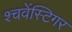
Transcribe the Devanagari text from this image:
श्चवेंस्टिगर